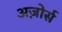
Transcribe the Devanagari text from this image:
अज़ोर्स